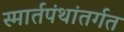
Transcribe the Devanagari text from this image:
स्मार्तपंथांतर्गत